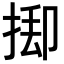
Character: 𢯃